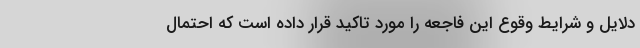
دلایل و شرایط وقوع این فاجعه را مورد تاکید قرار داده است که احتمال